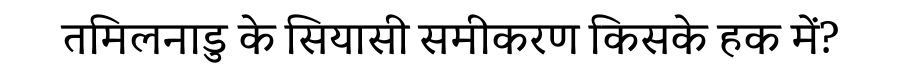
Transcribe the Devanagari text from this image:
तमिलनाडु के सियासी समीकरण किसके हक में?